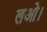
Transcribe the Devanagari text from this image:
लओ।